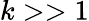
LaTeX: k>>1